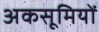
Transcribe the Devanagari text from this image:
अकसूमियों